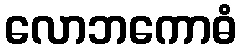
လောဘကောဓံ